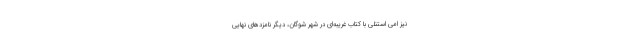
نیز امی استنلی با کتاب غریبه‌ای در شهر شوگان، دیگر نامزدهای نهایی